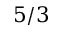
{ 5 / 3 }